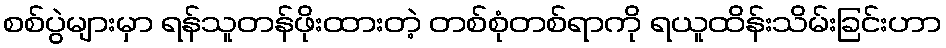
စစ်ပွဲများမှာ ရန်သူတန်ဖိုးထားတဲ့ တစ်စုံတစ်ရာကို ရယူထိန်းသိမ်းခြင်းဟာ